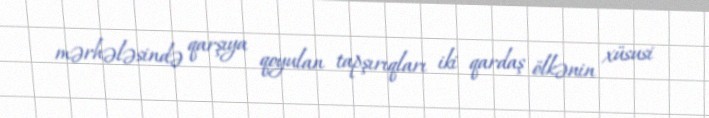
mərhələsində qarşıya qoyulan tapşırıqları iki qardaş ölkənin xüsusi